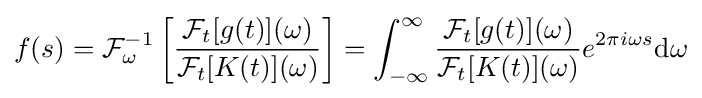
f(s)={\mathcal {F}}_{\omega }^{-1}\left[{{\mathcal {F}}_{t}[g(t)](\omega ) \over {\mathcal {F}}_{t}[K(t)](\omega )}\right]=\int _{-\infty }^{\infty }{{\mathcal {F}}_{t}[g(t)](\omega ) \over {\mathcal {F}}_{t}[K(t)](\omega )}e^{2\pi i\omega s}\mathrm {d} \omega